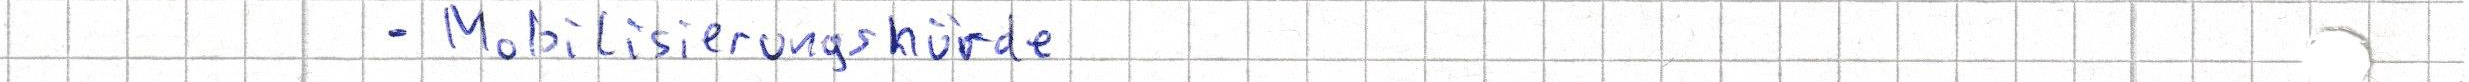
- Mobilisierungshürde